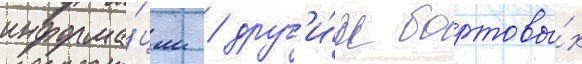
информа́ции / друг'и́х бортовы́х